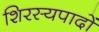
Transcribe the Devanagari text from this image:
शिरस्यपादों